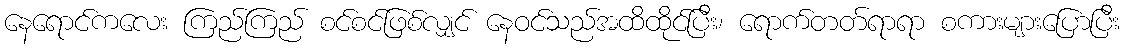
နေရောင်ကလေး ကြည်ကြည် စင်စင်ဖြစ်လျှင် နေဝင်သည်အထိထိုင်ပြီး၊ ရောက်တတ်ရာရာ စကားများပြောပြီး